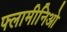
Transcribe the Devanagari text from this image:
फ्लामीनिओ